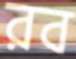
রব